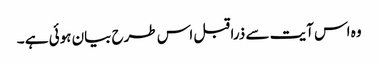
وہ اس آیت سے ذرا قبل اس طرح بیان ہوئی ہے ۔